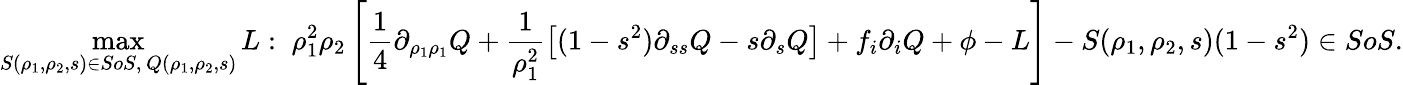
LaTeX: \operatorname*{max}_{S(\rho_{1},\rho_{2},s)\in SoS,\, Q(\rho_{1},\rho_{2},s)}L:\; \rho_{1}^{2}\rho_{2}\left[\frac{1}{4}\partial_{\rho_{1}\rho_{1}}Q+\frac{1}{\rho_{1}^{2}}\left[(1-s^{2})\partial_{ss}Q-s\partial_{s}Q\right]+f_{i}\partial_{i}Q+\phi-L\right]-S(\rho_{1},\rho_{2},s)(1-s^{2})\in SoS.